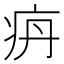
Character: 𰣤